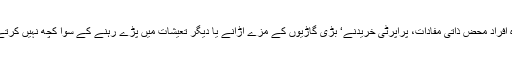
وہ افراد محض ذاتی مفادات، پراپرٹی خریدنے‘ بڑی گاڑیوں کے مزے اڑانے یا دیگر تعیشات میں پڑے رہنے کے سوا کچھ نہیں کرتے۔